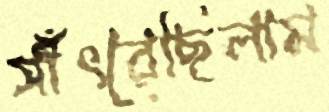
সাঁৎরেছিলাম